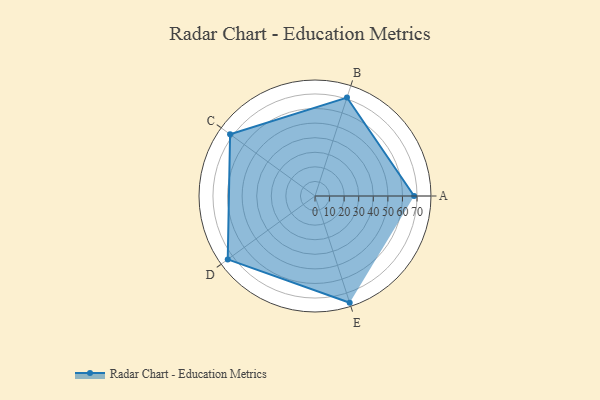
{"axis": {"x": "Skill", "y": "Score"}, "legend": ["Profile"], "data": [{"x": "A", "y": 68.0, "type": "Profile"}, {"x": "B", "y": 71.0, "type": "Profile"}, {"x": "C", "y": 72.0, "type": "Profile"}, {"x": "D", "y": 74.0, "type": "Profile"}, {"x": "E", "y": 77.0, "type": "Profile"}]}